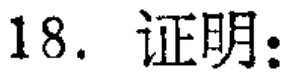
18. 证明：